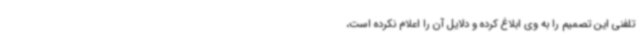
تلفنی این تصمیم را به وی ابلاغ کرده و دلایل آن را اعلام نکرده است،